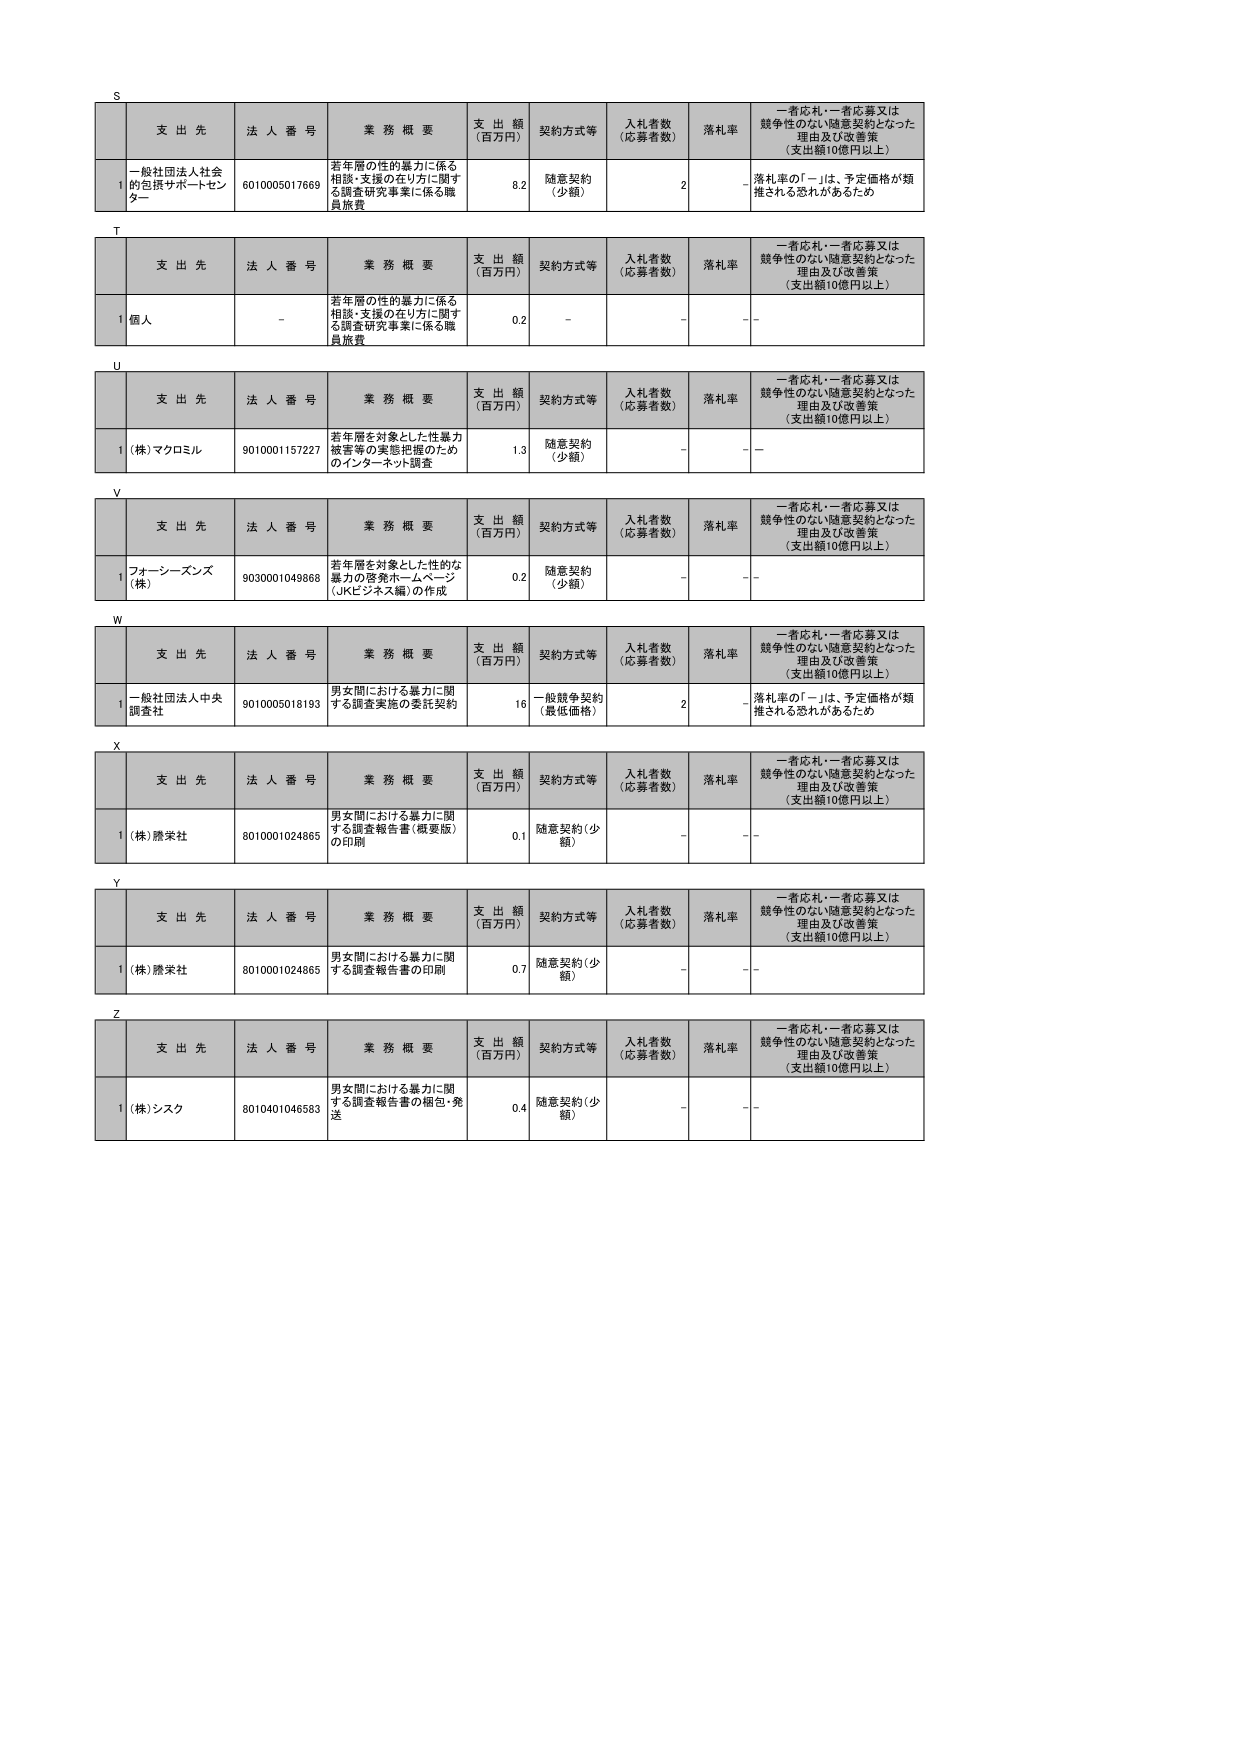
S
支出先 法人番号 業務概要 支出額 (百万円) 契約方式等 入札者数 (応募者数) 落札率 一者応札・一者応募又は競争性のない随意契約となった理由及び改善策 (支出額10億円以上)
1 一般社団法人社会の包摂サポートセンター 6010005017669 若年層の性的暴力に係る相談・支援の在り方に関する調査研究事業に係る職員旅費 8.2 随意契約 (少額) 2 落札率の「－」は、予定価格が類推される恐れがあるため

T
支出先 法人番号 業務概要 支出額 (百万円) 契約方式等 入札者数 (応募者数) 落札率 一者応札・一者応募又は競争性のない随意契約となった理由及び改善策 (支出額10億円以上)
1 個人 － 若年層の性的暴力に係る相談・支援の在り方に関する調査研究事業に係る職員旅費 0.2 － － －

U
支出先 法人番号 業務概要 支出額 (百万円) 契約方式等 入札者数 (応募者数) 落札率 一者応札・一者応募又は競争性のない随意契約となった理由及び改善策 (支出額10億円以上)
1 (株)マクロミル 9010001157227 若年層を対象とした性暴力被害等の実態把握のためのインターネット調査 1.3 随意契約 (少額) － －

V
支出先 法人番号 業務概要 支出額 (百万円) 契約方式等 入札者数 (応募者数) 落札率 一者応札・一者応募又は競争性のない随意契約となった理由及び改善策 (支出額10億円以上)
1 フォーシーズンズ (株) 9030001049868 若年層を対象とした性的な暴力の啓発ホームページ (JKEジャネ編)の作成 0.2 随意契約 (少額) － －

W
支出先 法人番号 業務概要 支出額 (百万円) 契約方式等 入札者数 (応募者数) 落札率 一者応札・一者応募又は競争性のない随意契約となった理由及び改善策 (支出額10億円以上)
1 一般社団法人中央調査社 9010005018193 男女間における暴力に関する調査実施の委託契約 16 一般競争契約 (最低価格) 2 落札率の「－」は、予定価格が類推される恐れがあるため

X
支出先 法人番号 業務概要 支出額 (百万円) 契約方式等 入札者数 (応募者数) 落札率 一者応札・一者応募又は競争性のない随意契約となった理由及び改善策 (支出額10億円以上)
1 (株)勝栄社 8010001024865 男女間における暴力に関する調査報告書(概要版)の印刷 0.1 随意契約(少額) － －

Y
支出先 法人番号 業務概要 支出額 (百万円) 契約方式等 入札者数 (応募者数) 落札率 一者応札・一者応募又は競争性のない随意契約となった理由及び改善策 (支出額10億円以上)
1 (株)勝栄社 8010001024865 男女間における暴力に関する調査報告書の印刷 0.7 随意契約(少額) － －

Z
支出先 法人番号 業務概要 支出額 (百万円) 契約方式等 入札者数 (応募者数) 落札率 一者応札・一者応募又は競争性のない随意契約となった理由及び改善策 (支出額10億円以上)
1 (株)シスク 8010401046583 男女間における暴力に関する調査報告書の梱包・発送 0.4 随意契約(少額) － －